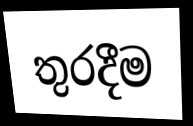
තුරදීම